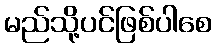
မည်သို့ပင်ဖြစ်ပါစေ